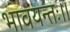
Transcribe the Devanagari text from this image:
भावयन्तः।।